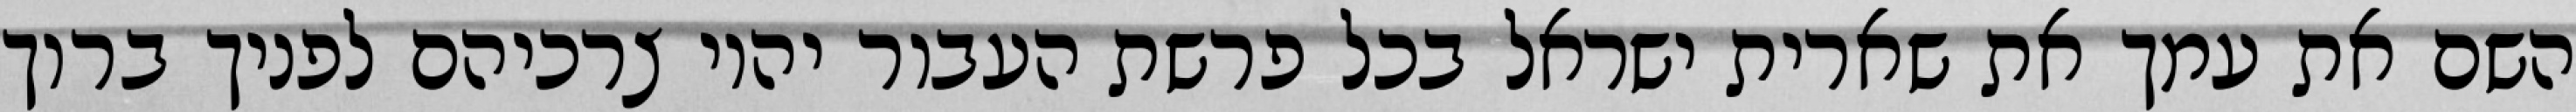
השם את עמך את שארית ישראל בכל פרשת העבור יהיו צרכיהם לפניך ברוך